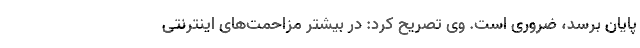
پایان برسد، ضروری است. وی تصریح کرد: در بیشتر مزاحمت‌های اینترنتی